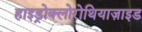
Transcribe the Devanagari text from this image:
हाइड्रोक्लोरोथियाज़ाइड